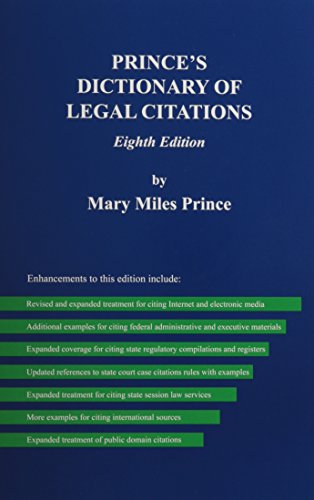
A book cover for Prince's Dictionary of Legal Citations: A Reference Guide for Attorneys, Legal Secretaries, Paralegals and Law Students; Mary Miles Prince; Law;